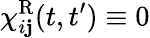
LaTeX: \chi_{i\mathbf{j}}^{\mathrm{{R}}}(t,t^{\prime})\equiv0